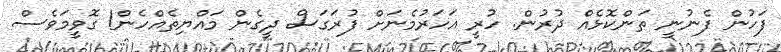
ފަހުން ފެނުނީ ތަންކޮޅެއް ދުރުން. ހުރީ އަހަރުމެނަށް ފުރަގަސް ދީގެން މައްޔިތެއްހެން! ގޮވީމަވެސް